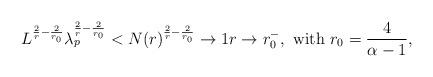
LaTeX: \begin{align*}L^{\frac{2}{r}-\frac{2}{r_0}}\lambda_p^{\frac{2}{r}-\frac{2}{r_0}} < N(r)^{\frac{2}{r}-\frac{2}{r_0}} \to 1 r \to r_0^-, \mbox { with } r_0=\frac{4}{\alpha-1},\end{align*}